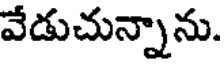
వేడుచున్నాను.